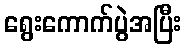
ရွေးကောက်ပွဲအပြီး